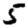
Digit: 5